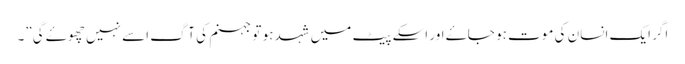
اگر ایک انسان کی موت ہو جاۓ اور اسکے پیٹ میں شہد ہو تو جہنم کی آگ اسے نہیں چھوۓ گی”۔